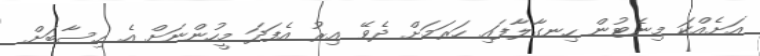
އަށެއްކަ މިނެޓުން ހިނގާލާފައި ހަރަމަށް ދެވޭ އިރު އެފަދަ މީހުންނަށް އެ ހިސާބަށް